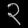
Digit: ၃